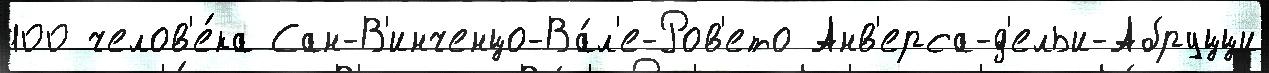
100 челов'е́ка Сан-В'инченцо-Ва́л'е-Ров'ето Анв'ерса-д'ельи-Абруцци